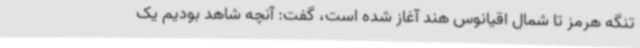
تنگه هرمز تا شمال اقیانوس هند آغاز شده است، گفت: آنچه شاهد بودیم یک